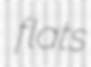
flats